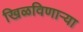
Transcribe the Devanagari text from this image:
खिळविणार्‍या